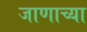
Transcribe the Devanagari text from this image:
जाणाच्या